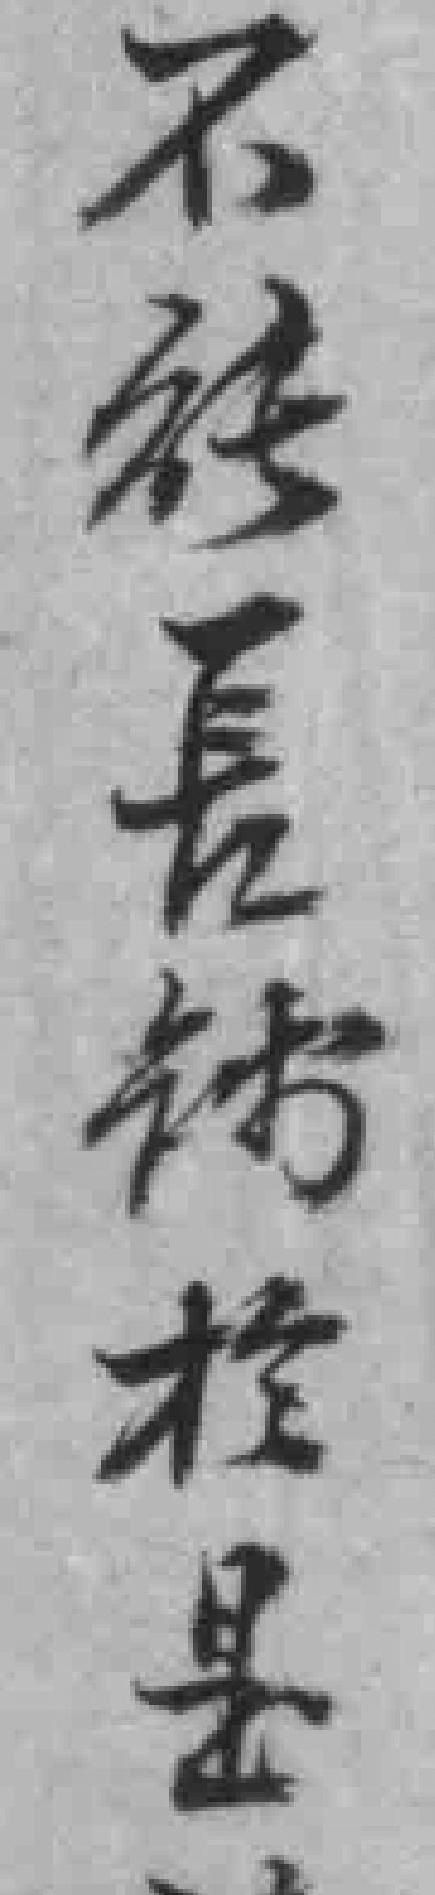
不能長钱扵是